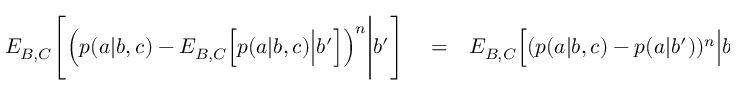
\begin{array} { r l r } { { E } _ { B , C } \Bigg [ \Big ( p ( a | b , c ) - { E } _ { B , C } \Big [ p ( a | b , c ) \Big | b ^ { \prime } \Big ] \Big ) ^ { n } \Bigg | b ^ { \prime } \Bigg ] } & { { } = } & { { E } _ { B , C } \Big [ ( p ( a | b , c ) - p ( a | b ^ { \prime } ) ) ^ { n } \Big | b ^ { \prime } \Big ] } \end{array}